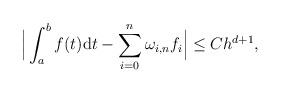
LaTeX: \begin{align*}\Big\vert \int_{a}^{b}f(t)\mathrm{d}t - \sum_{i=0}^{n}\omega_{i,n}f_{i} \Big\vert \leq C h^{d+1},\end{align*}